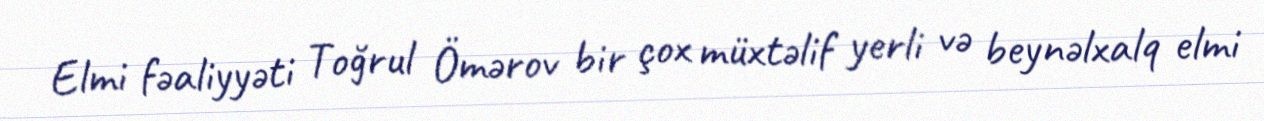
Elmi fəaliyyəti Toğrul Ömərov bir çox müxtəlif yerli və beynəlxalq elmi